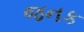
જનક